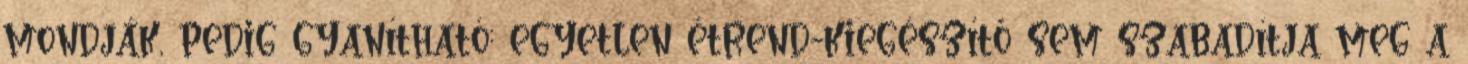
mondják, pedig gyanítható: egyetlen étrend-kiegészítő sem szabadítja meg a